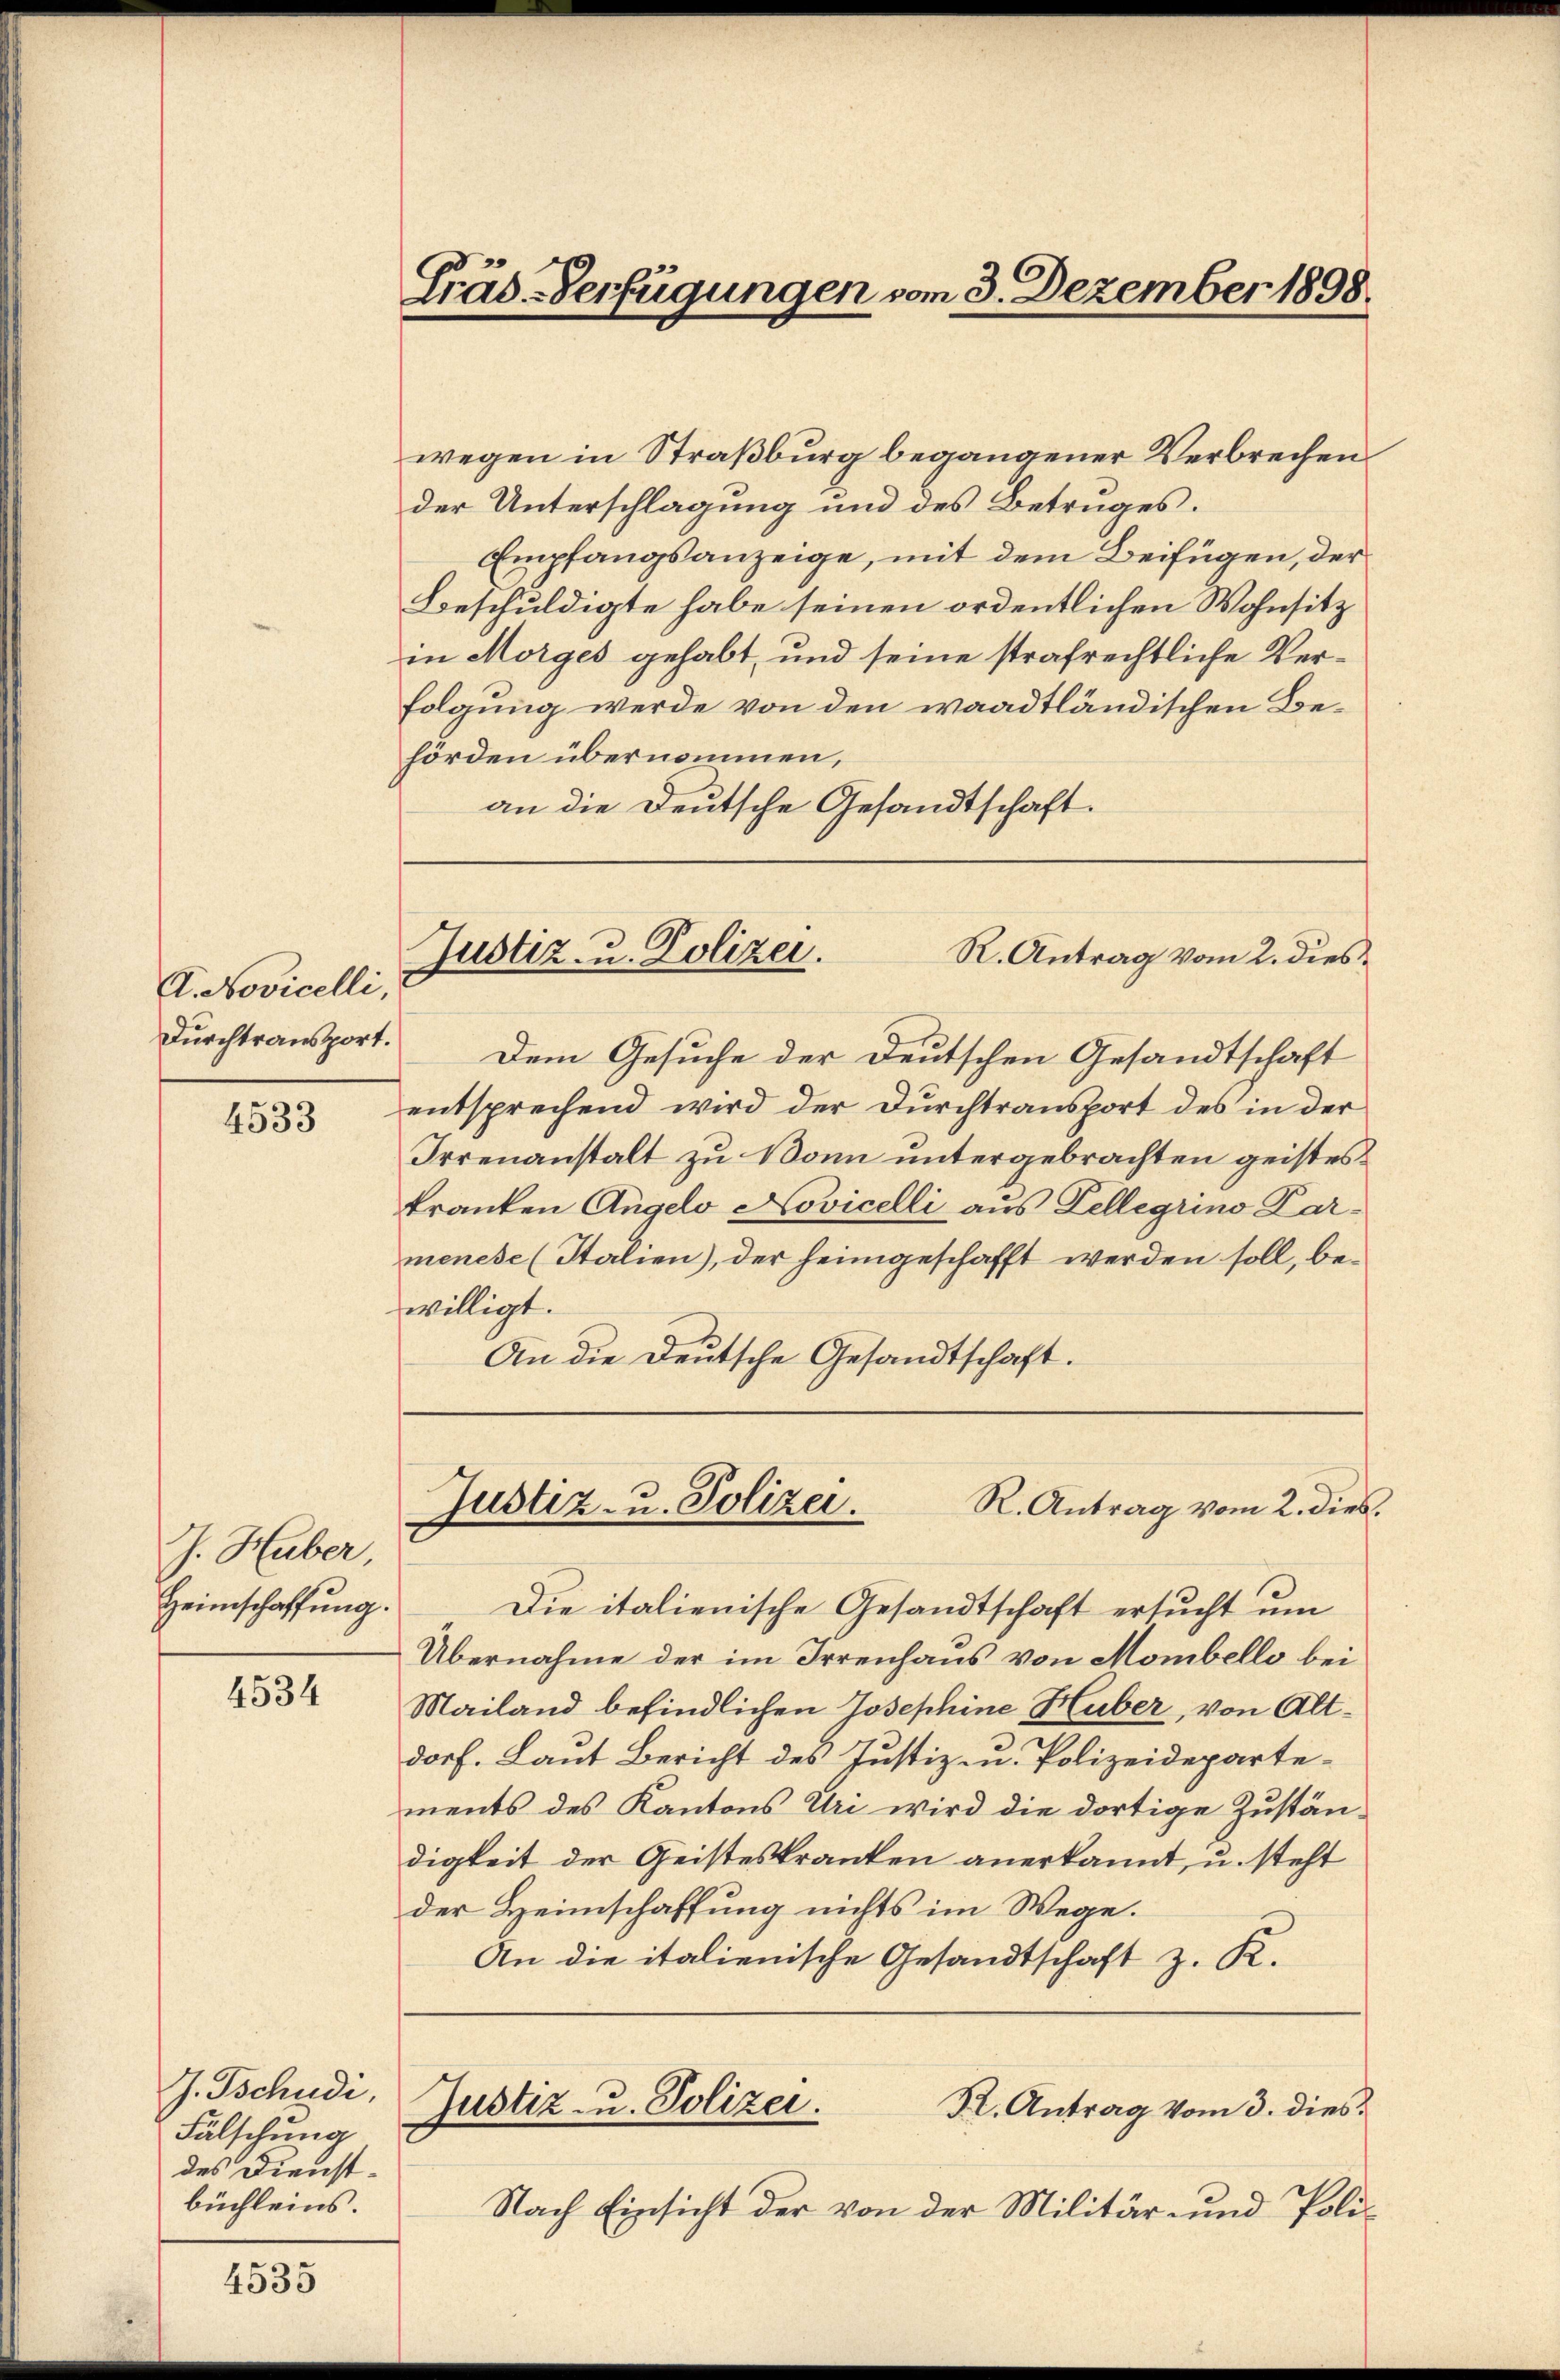
A. Novicelli,
Durchtransport.

4533

J. Huber,
Heimschaffung.

4534

J. Tschudi,
Fälschung
des Dienst
büchleins

4535

Träs-Verfügungen vom 3. Dezember 1898.

wegen in Straßburg begangener Verbrechen
der Unterschlagung und des Betruges.
Empfangsanzeige, mit dem Beifügen, der
Beschuldigte habe seinen ordentlichen Wohnsitz
in Morges gehabt, und seine strafrechtliche Verfolgung werde von den waadtländischen Behörden übernommen,
an die Deutsche Gesandtschaft

Dem Gesuche der Deutschen Gesandtschaft
entsprechend wird der Durchtransport des in der
Irrenanstalt zu Bonn untergebrachten geistes
kranken Angelo Novicelli aus Kellegrino Parmenese (Italien), der heimgeschafft werden soll, bewilligt.
An die Deutsche Gesandtschaft.

Justiz- u. Polizei.
R. Antrag vom 2. dies

Justiz- u. Polizei.
R. Antrag vom 2. dies.

Die italienische Gesandtschaft ersucht um
Übernahme der im Irrenhaus von Mombello bei
Mailand befindlichen Josephine Huber, von Altdorf. Laut Bericht des Justiz- u. Polizeidepartements des Kantons Uri wird die dortige Zustän-
digkeit der Geisteskranken anerkannt, u. steht
der Heimschaffung nichts im Wege.
An die italienische Gesandtschaft z. K.
Justiz- u. Polizei.
St. Antrag vom 3. dies
Nach Einsicht der von der Militär- und Poli¬